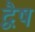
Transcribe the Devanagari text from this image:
द्वैष